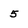
Character: 5